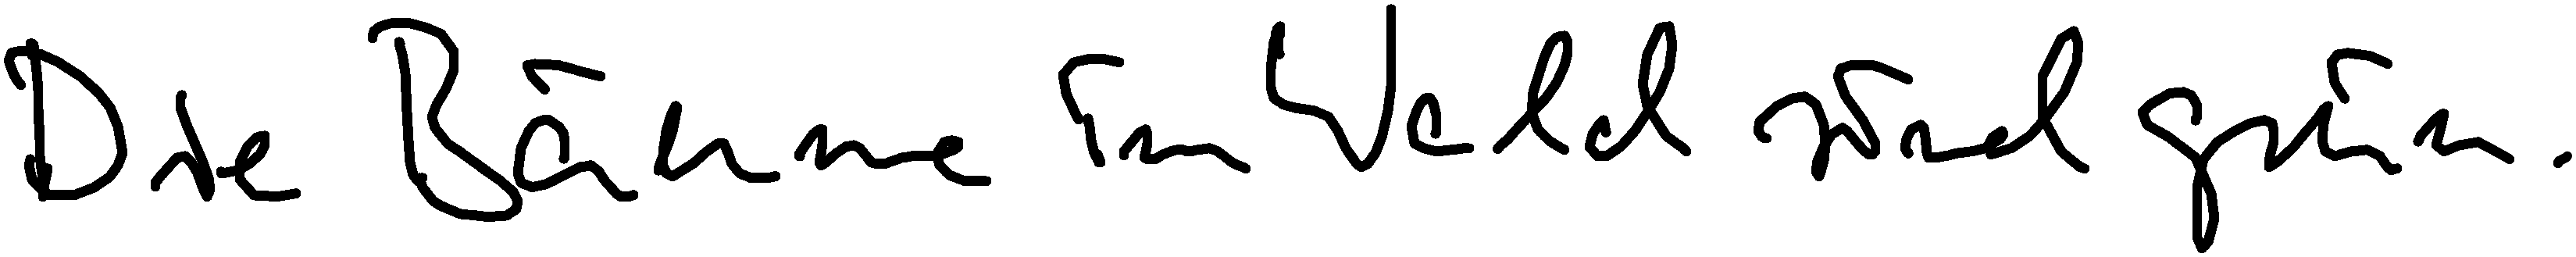
Die Bäume im Wald sind grün.